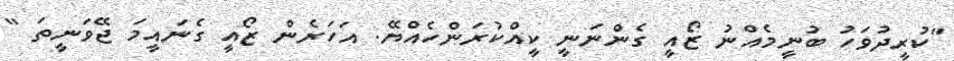
"ކުރީދުވަހު ބުނީމެއްނު ޒޯއީ ގެންނަނީ ކީއްކުރަންހެއްޔޭ. އަހަރެން ޒޯއީ ގެނައީމަ ޖޭވަނީތަ "